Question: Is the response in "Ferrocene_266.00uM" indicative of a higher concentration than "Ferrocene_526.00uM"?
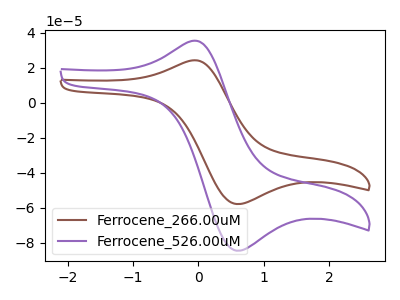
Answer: <think>The brown curve "Ferrocene_266.00uM" has an anodic peak at (-0.10V, 24.15uA) and a cathodic peak at (0.60V, -57.90uA). The purple curve "Ferrocene_526.00uM" has an anodic peak at (-0.10V, 35.30uA) and a cathodic peak at (0.60V, -84.55uA).
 All the peaks in "Ferrocene_266.00uM" have a peak in "Ferrocene_526.00uM" at the same potential. Every peak in "Ferrocene_266.00uM" is lower than every peak in "Ferrocene_526.00uM".</think>
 <answer>"Ferrocene_266.00uM" has less signal than "Ferrocene_526.00uM".</answer>
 <eval>less_signal</eval>